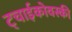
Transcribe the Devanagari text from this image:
ट्चाईकोवस्की